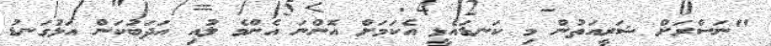
"ނަސްރަށް ޝަރީއަތުން މި ކަނޑައެޅީ އެކަމަށް އޮންނަ އެންމެ ލުއި އަދަބުކަން އަޅުގަނޑު